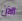
الآن